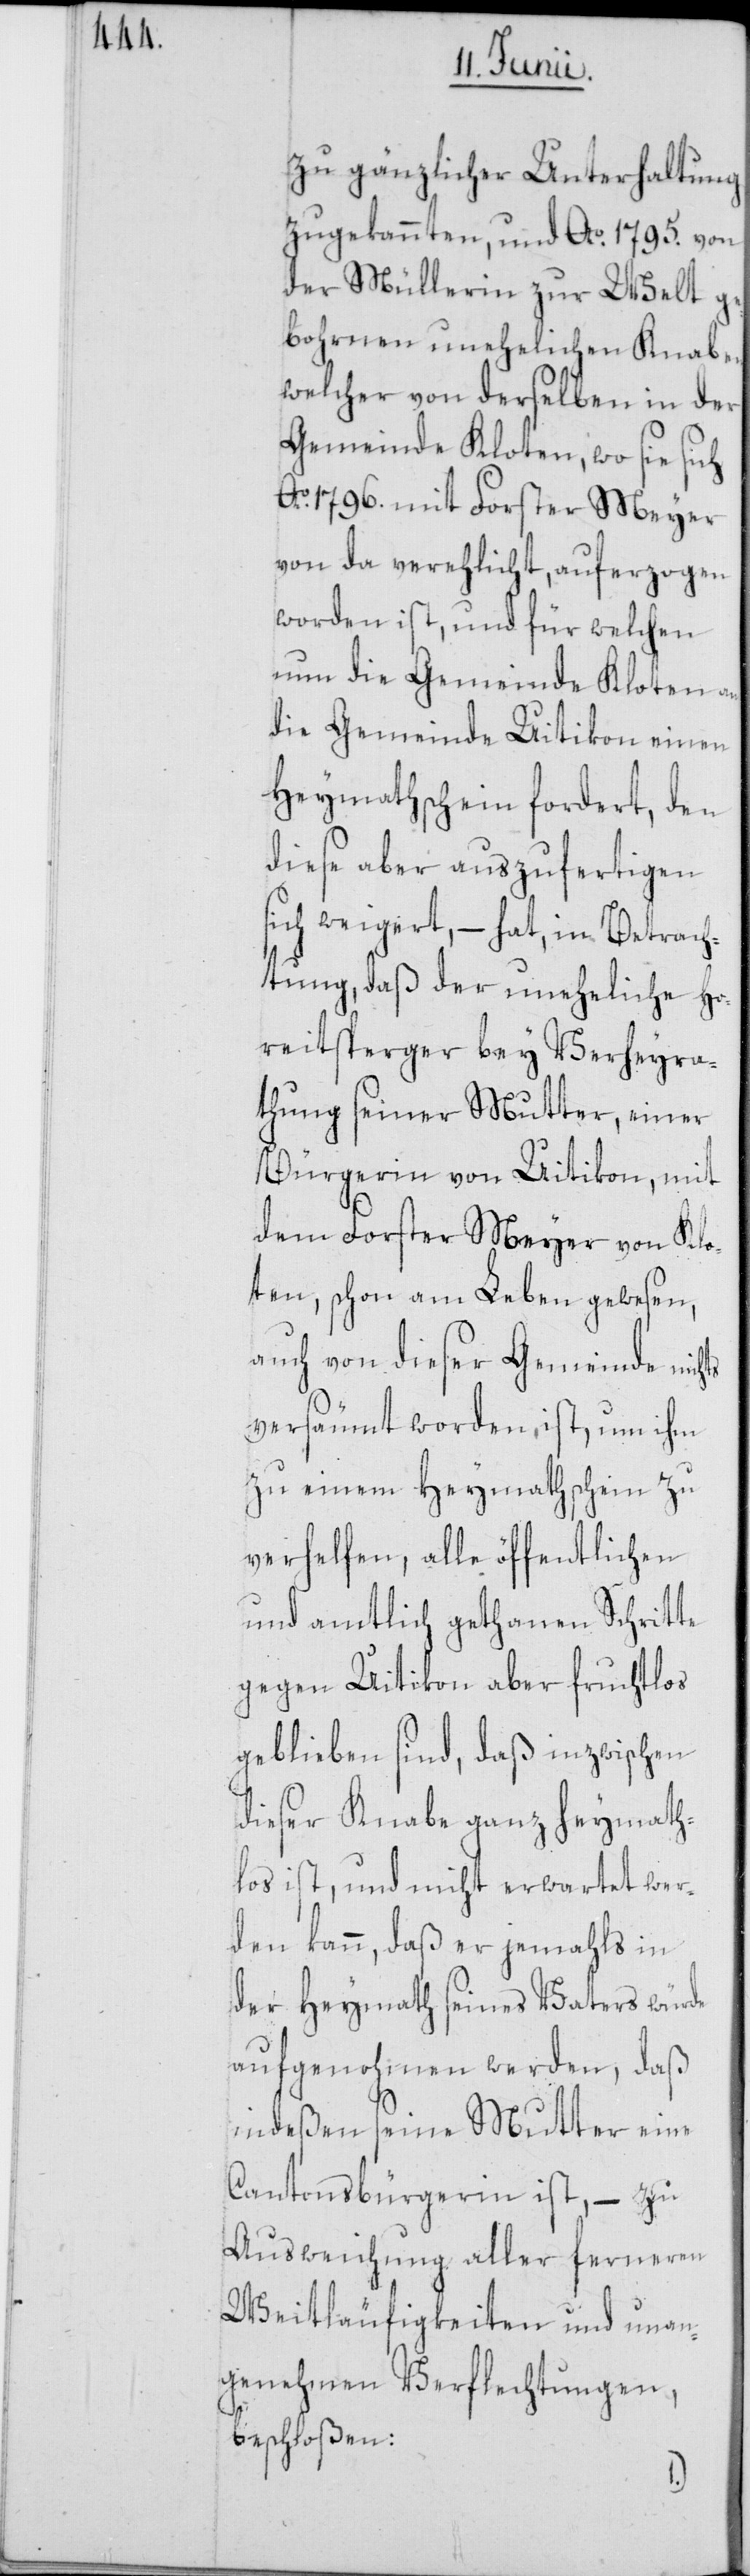
ts

zu gänzlicher Unterhaltung
zugekannten, und Ao. 1795. von
der Müllerin zur Welt ge¬
bohrnen unehelichen Knaben,
welcher von derselben in der
Gemeinde Kloten, wo sie sich
Ao. 1796. mit Forster Meyer
von da verehlicht, auferzogen
worden ist, und für welchen
nun die Gemeinde Kloten an
die Gemeinde Uitikon einen
Heymathschein fordert, den
diese aber auszufertigen
sich weigert, – hat, in Betrach¬
tung, daß der uneheliche Ho¬
reitsperger bey Verheyra¬
thung seiner Mutter, einer
Bürgerin von Uitikon, mit
dem Forster Meyer von Klo¬
ten, schon am Leben gewesen,
auch von dieser Gemeinde nich¬
versäumt worden, ist um ihm
zu einem Heymathschein zu
verhelfen, alle öffentlichen
und amtlich gethanen Schritte
gegen Uitikon aber fruchtlos
geblieben sind, daß inzwischen
dieser Knabe ganz heymath¬
los ist, und nicht erwartet wer¬
den kann, daß er jemahls in
der Heymath seines Vaters würde
aufgenohmen werden, daß
indeßen seine Mutter eine
Cantonsbürgerin ist, – zu
Ausweichung aller ferneren
Weitläufigkeiten und unan¬
genehmen Verflechtungen,
beschloßen: